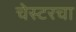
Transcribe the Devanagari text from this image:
चेस्टरचा